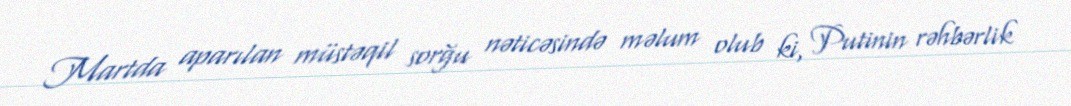
Martda aparılan müstəqil sorğu nəticəsində məlum olub ki, Putinin rəhbərlik